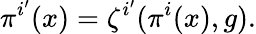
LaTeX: \pi^{i^{\prime}}(x)=\zeta^{i^{\prime}}(\pi^{i}(x),g).